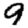
Digit: 9